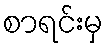
စာရင်းမှ